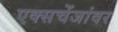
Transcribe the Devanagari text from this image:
एक्सचेंजांवर